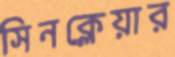
সিনক্লেয়ার